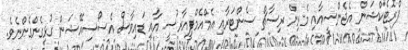
ޕްރޮޓެކްޝަން އެޖެންސީއާއި މެރިން ރިސާޗް ސެންޓަރާއި އެމްއެމްޕީއާރުސީ އާާއި ޑައިވާސް އެސޯސިއޭޝަން ގުޅިގެންގެންނެވެ.